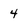
Character: 4